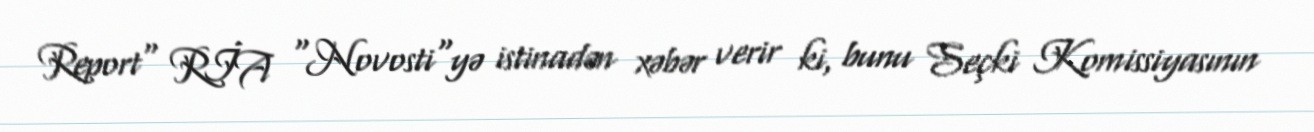
Report" RİA "Novosti"yə istinadən xəbər verir ki, bunu Seçki Komissiyasının